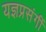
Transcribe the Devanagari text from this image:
यज्ञप्रसंगीं